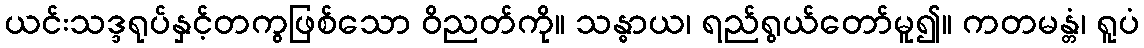
ယင်းသဒ္ဒရုပ်နှင့်တကွဖြစ်သော ဝိညတ်ကို။ သန္ဓာယ၊ ရည်ရွယ်တော်မူ၍။ ကတမန္တံ၊ ရူပံ